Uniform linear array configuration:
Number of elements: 16
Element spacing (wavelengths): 1
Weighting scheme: kaiser
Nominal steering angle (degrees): -30
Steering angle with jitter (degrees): -28.828
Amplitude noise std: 0.05
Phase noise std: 0.05

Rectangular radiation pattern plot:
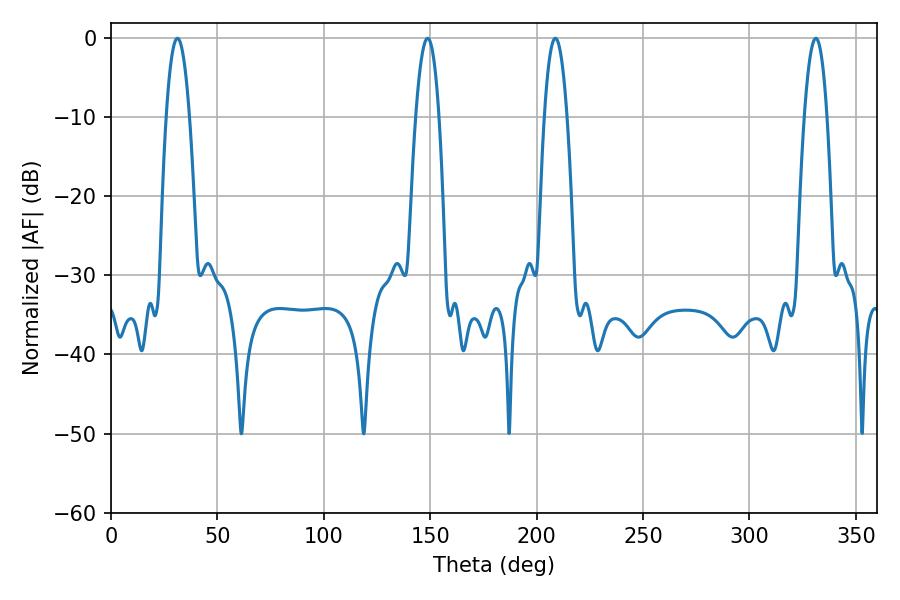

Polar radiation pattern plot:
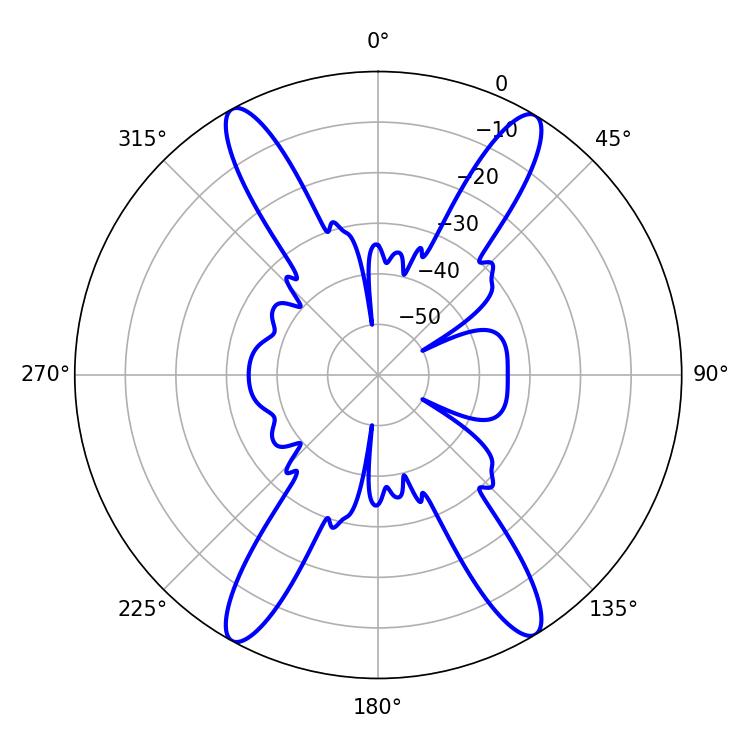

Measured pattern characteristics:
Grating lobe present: TRUE
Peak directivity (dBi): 22.494
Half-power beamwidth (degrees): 5.94
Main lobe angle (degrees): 208.8